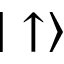
| \uparrow \rangle